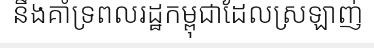
នឹងគាំទ្រពលរដ្ឋកម្ពុជាដែលស្រឡាញ់